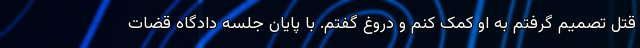
قتل تصمیم گرفتم به او کمک کنم و دروغ گفتم. با پایان جلسه دادگاه قضات